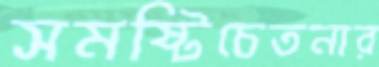
সমষ্টিচেতনার